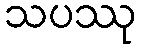
သပဿု